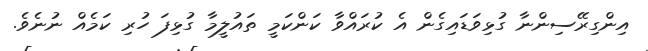
އިންގިރޭސިންނާ ގުޅިވަޑައިގެން އެ ކުރައްވާ ކަންކަމީ ތައުލީމާ ގުޅިފަ ހުރި ކަމެއް ނުނެވެ.